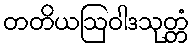
တတိယဩဝါဒသုတ္တံ